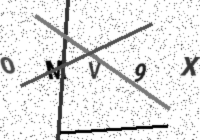
Text: OMV9X